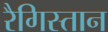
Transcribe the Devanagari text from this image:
रैगिस्तान